Scottish Leaving Certificate Examination, 1956
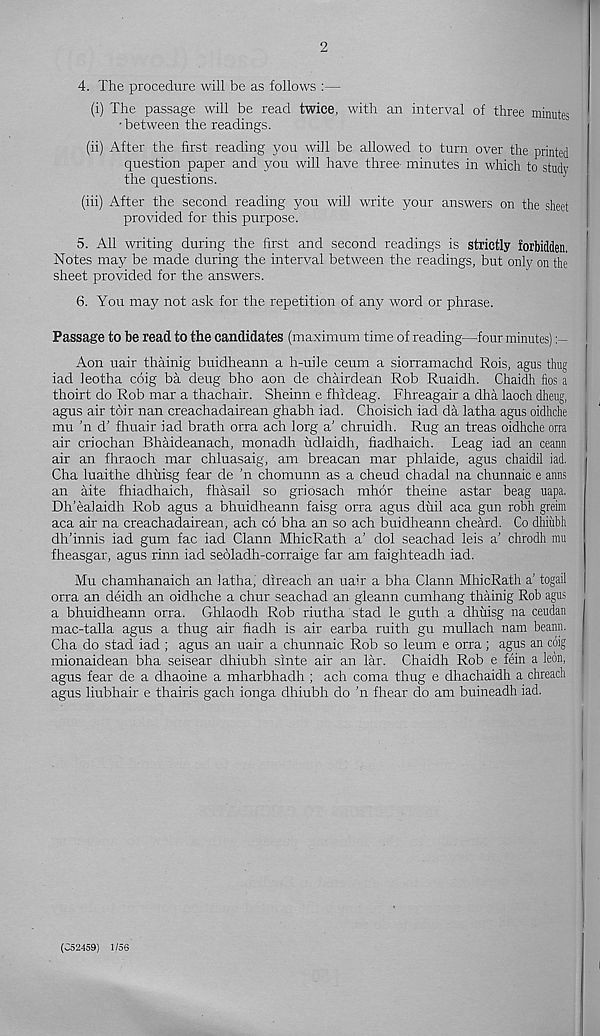
2
4. The procedure will be as follows :—
(i) The passage will be read twice, with an interval of three minutes
•between the readings.
(ii) After the first reading you will be allowed to turn over the printed
question paper and you will have three- minutes in which to study
the questions.
(iii) After the second reading you will write your answers on the sheet
provided for this purpose.
5. All writing during the first and second readings is strictly forbidden.
Notes may be made during the interval between the readings, but only on the
sheet provided for the answers.
6. You may not ask for the repetition of any word or phrase.
Passage to be read to the candidates (maximum time of reading—four minutes)
Aon uair thainig buidheann a h-uile ceum a siorramachd Rois, agus thug
iad leotha coig ba deug bho aon de chairdean Rob Ruaidh. Chaidh fios a
thoirt do Rob mar a thachair. Sheinn e fhideag. Fhreagair a dha laoch dheug,
agus air toir nan creachadairean ghabh iad. Choisich iad da latha agus oidhche
mu ’n d’ fhuair iad brath orra ach lorg a’ chruidh. Rug an treas oidhche orra
air criochan Bhaideanach, monadh udlaidh, fiadhaich. Leag iad an ceann
air an fhraoch mar chluasaig, am breacan mar phlaide, agus chaidil iad.
Cha luaithe dhuisg fear de ’n chomunn as a cheud chadal na chunnaic e anus
an aite fhiadhaich, fhasail so griosach mhor theine astar beag uapa.
Dh’ealaidh Rob agus a bhuidheann faisg orra agus duil aca gun robh greim
aca air na creachadairean, ach co bha an so ach buidheann cheard. Co dhiiibh
dh’innis iad gum fac iad Clann MhicRath a’ dol seachad leis a’ chrodh mu
fheasgar, agus rinn iad seoladh-corraige far am faighteadh iad.
Mu chamhanaich an latha, direach an uair a bha Clann MhicRath a’ togail
orra an deidh an oidhche a chur seachad an gleann cumhang thainig Rob agus
a bhuidheann orra. Ghlaodh Rob riutha stad le guth a dhuisg na ceudan
mac-talla agus a thug air tiadh is air earba ruith gu mullach nam beann.
Cha do stad iad ; agus an uair a chunnaic Rob so leum e orra; agus an coig
mionaidean bha seisear dhiubh sinte air an lar. Chaidh Rob e fein a leon,
agus fear de a dhaoine a mharbhadh ; ach coma thug e dhachaidh a chreach
agus liubhair e thairis gach ionga dhiubh do ’n fhear do am buineadh iad.
(C52459) 1/56